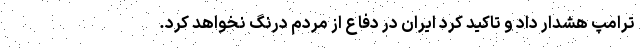
ترامپ هشدار داد و تاکید کرد ایران در دفاع از مردم درنگ نخواهد کرد.